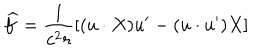
\widehat { f } = \frac 1 { c ^ { 2 } r } [ ( u \cdot X ) u ^ { \prime } - ( u \cdot u ^ { \prime } ) X ]